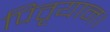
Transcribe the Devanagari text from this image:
पितृयान।